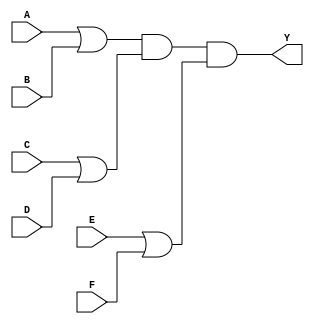
module pos_simplification (
    input wire A,
    input wire B,
    input wire C,
    input wire D,
    input wire E,
    input wire F,
    output wire Y
);

// Define the sum terms based on a hypothetical POS expression
// For example: Y = (A + B)(C + D)(E + F)

wire sum1; // A + B
wire sum2; // C + D
wire sum3; // E + F

// OR gates for sum terms
assign sum1 = A | B; // sum1 = A + B
assign sum2 = C | D; // sum2 = C + D
assign sum3 = E | F; // sum3 = E + F

// AND gate for the product of the sum terms
assign Y = sum1 & sum2 & sum3; // Y = (A + B)(C + D)(E + F)

endmodule